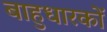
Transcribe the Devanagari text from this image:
बाहुधारकों